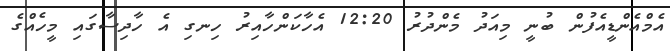
އެމްއެންޑީއެފުން ބުނީ މިއަދު މެންދުރު 12:20 އެހާކަންހާއިރު ހިނގި އެ ހާދިސާގައި މީހެއްގެ